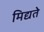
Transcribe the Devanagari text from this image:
मिद्यते